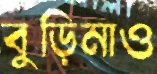
বুড়িনাও